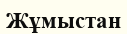
Жұмыстан